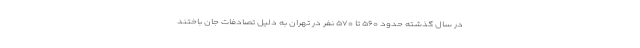
در سال گذشته حدود ۵۶۰ تا ۵۷۰ نفر در تهران به دلیل تصادفات جان باختند